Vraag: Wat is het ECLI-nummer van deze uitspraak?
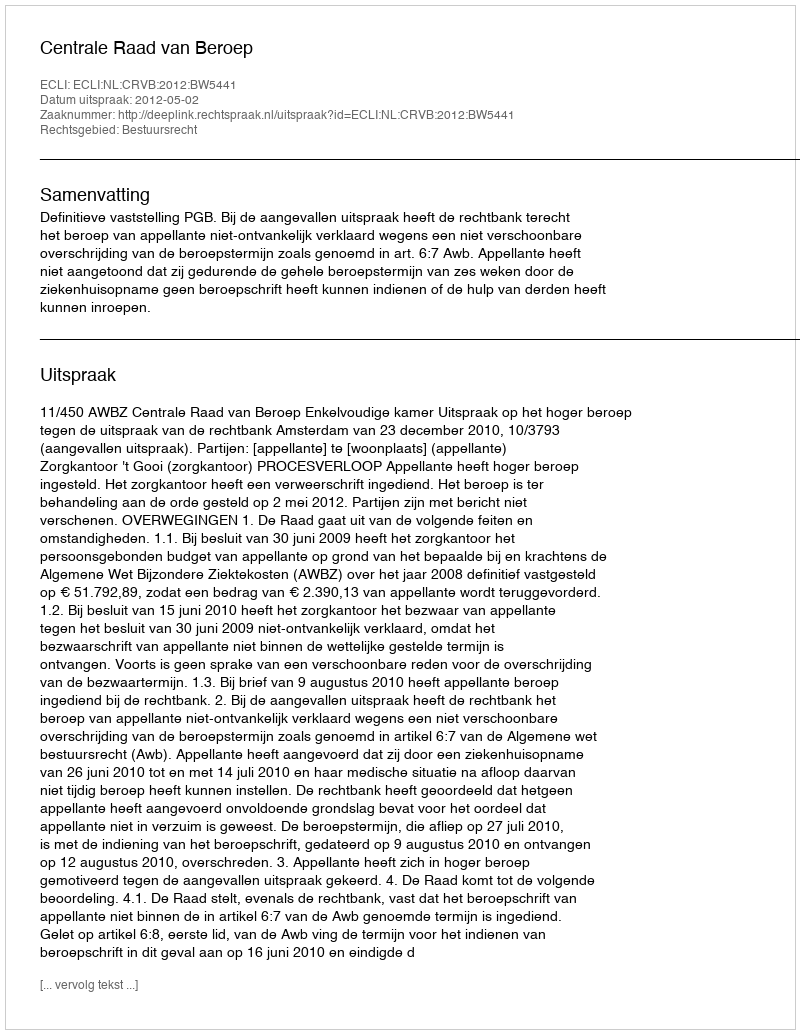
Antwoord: ECLI:NL:CRVB:2012:BW5441